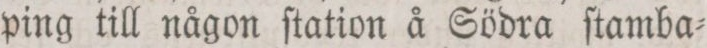
ping till någon ſtation å Södra ſtamba=